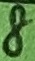
Text: 5